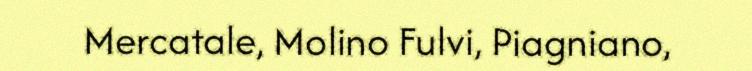
Mercatale, Molino Fulvi, Piagniano,